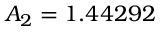
A _ { 2 } = 1 . 4 4 2 9 2